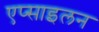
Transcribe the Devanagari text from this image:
एप्साइलन